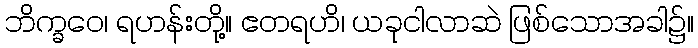
ဘိက္ခဝေ၊ ရဟန်းတို့။ ဧတရဟိ၊ ယခုငါလာဆဲ ဖြစ်သောအခါ၌။